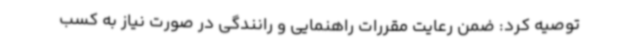
توصیه کرد: ضمن رعایت مقررات راهنمایی و رانندگی در صورت نیاز به کسب